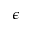
\epsilon